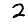
Digit: 2